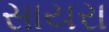
સાયરા